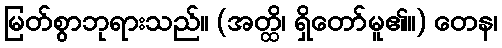
မြတ်စွာဘုရားသည်။ (အတ္ထိ၊ ရှိတော်မူ၏။) တေန၊